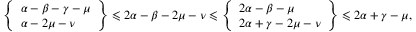
\left\{ \begin{array} { l } { \alpha - \beta - \gamma - \mu \smallskip } \\ { \alpha - 2 \mu - \nu \smallskip } \end{array} \right\} \leqslant 2 \alpha - \beta - 2 \mu - \nu \leqslant \left\{ \begin{array} { l } { 2 \alpha - \beta - \mu \smallskip } \\ { 2 \alpha + \gamma - 2 \mu - \nu \smallskip } \end{array} \right\} \leqslant 2 \alpha + \gamma - \mu ,